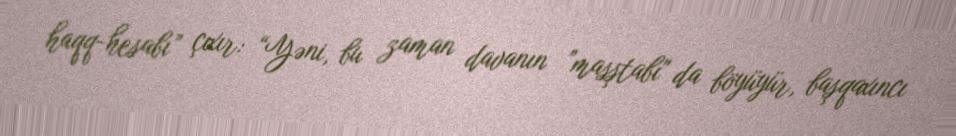
haqq-hesabı” çıxır: “Yəni, bu zaman davanın ”masştabı" da böyüyür, başqaxıncı